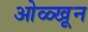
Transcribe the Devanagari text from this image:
ओळ्खून